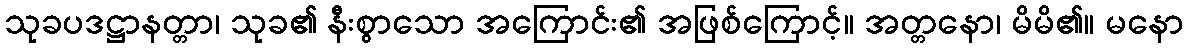
သုခပဒဋ္ဌာနတ္တာ၊ သုခ၏ နီးစွာသော အကြောင်း၏ အဖြစ်ကြောင့်။ အတ္တနော၊ မိမိ၏။ မနော